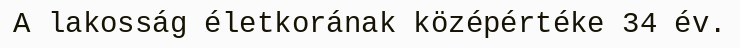
A lakosság életkorának középértéke 34 év.